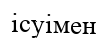
ісуімен